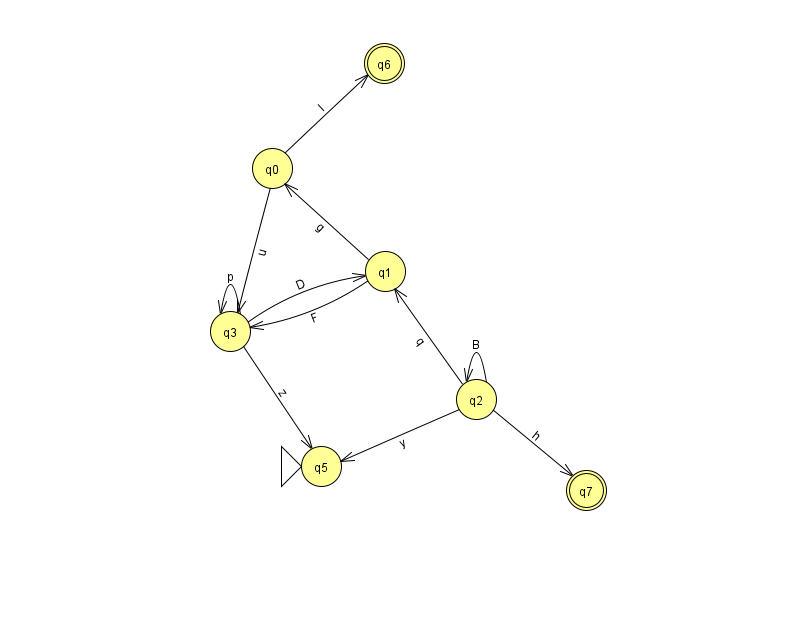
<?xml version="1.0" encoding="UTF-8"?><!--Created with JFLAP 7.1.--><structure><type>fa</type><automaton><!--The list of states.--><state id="0" name="q0"><x>272.0</x><y>155.0</y></state><state id="1" name="q1"><x>385.0</x><y>258.0</y></state><state id="2" name="q2"><x>476.0</x><y>386.0</y></state><state id="3" name="q3"><x>230.0</x><y>318.0</y></state><state id="5" name="q5"><x>321.0</x><y>453.0</y><initial/></state><state id="6" name="q6"><x>384.0</x><y>50.0</y><final/></state><state id="7" name="q7"><x>586.0</x><y>477.0</y><final/></state><!--The list of transitions.--><transition><from>3</from><to>3</to><read>p</read></transition><transition><from>2</from><to>2</to><read>B</read></transition><transition><from>3</from><to>5</to><read>z</read></transition><transition><from>1</from><to>0</to><read>g</read></transition><transition><from>2</from><to>7</to><read>h</read></transition><transition><from>2</from><to>5</to><read>y</read></transition><transition><from>0</from><to>6</to><read>I</read></transition><transition><from>1</from><to>3</to><read>F</read></transition><transition><from>2</from><to>1</to><read>q</read></transition><transition><from>0</from><to>3</to><read>u</read></transition><transition><from>3</from><to>1</to><read>D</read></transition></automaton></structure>